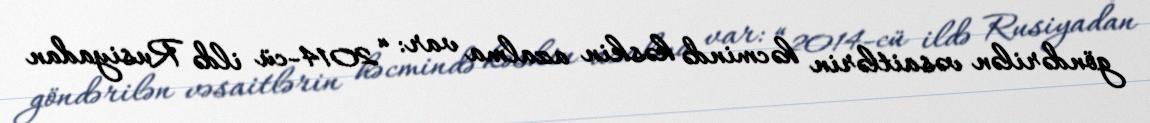
göndərilən vəsaitlərin həcmində kəskin azalma var: “2014-cü ildə Rusiyadan